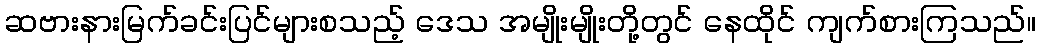
ဆဗားနားမြက်ခင်းပြင်များစသည့် ဒေသ အမျိုးမျိုးတို့တွင် နေထိုင် ကျက်စားကြသည်။